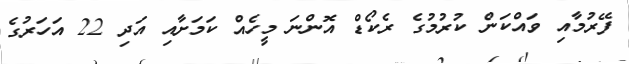
ފޭރުމާއި ވައްކަން ކުރުމުގެ ރެކޯޑް އޮންނަ މީހެއް ކަމަށާއި އަދި 22 އަހަރުގެ